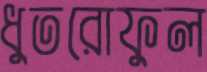
ধুতরোফুল